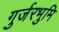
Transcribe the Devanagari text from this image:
गुर्जरभुमि